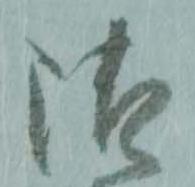
御